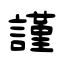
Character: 謹